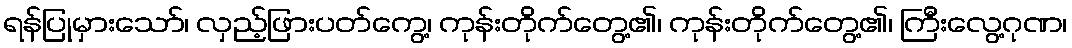
ရန်ပြုမှားသော်၊ လှည့်ဖြားပတ်ကွေ့၊ ကုန်းတိုက်တွေ့၏၊ ကုန်းတိုက်တွေ့၏၊ ကြီးလွေ့ဂုဏ၊